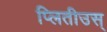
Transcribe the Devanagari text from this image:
प्लितीउस्